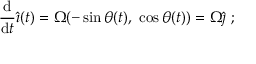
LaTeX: { \frac { \mathrm { d } } { \mathrm { d } t } } { \hat { \boldsymbol { \imath } } } ( t ) = \Omega ( - \sin \theta ( t ) , \ \cos \theta ( t ) ) = \Omega { \hat { \boldsymbol { \jmath } } } \ ;